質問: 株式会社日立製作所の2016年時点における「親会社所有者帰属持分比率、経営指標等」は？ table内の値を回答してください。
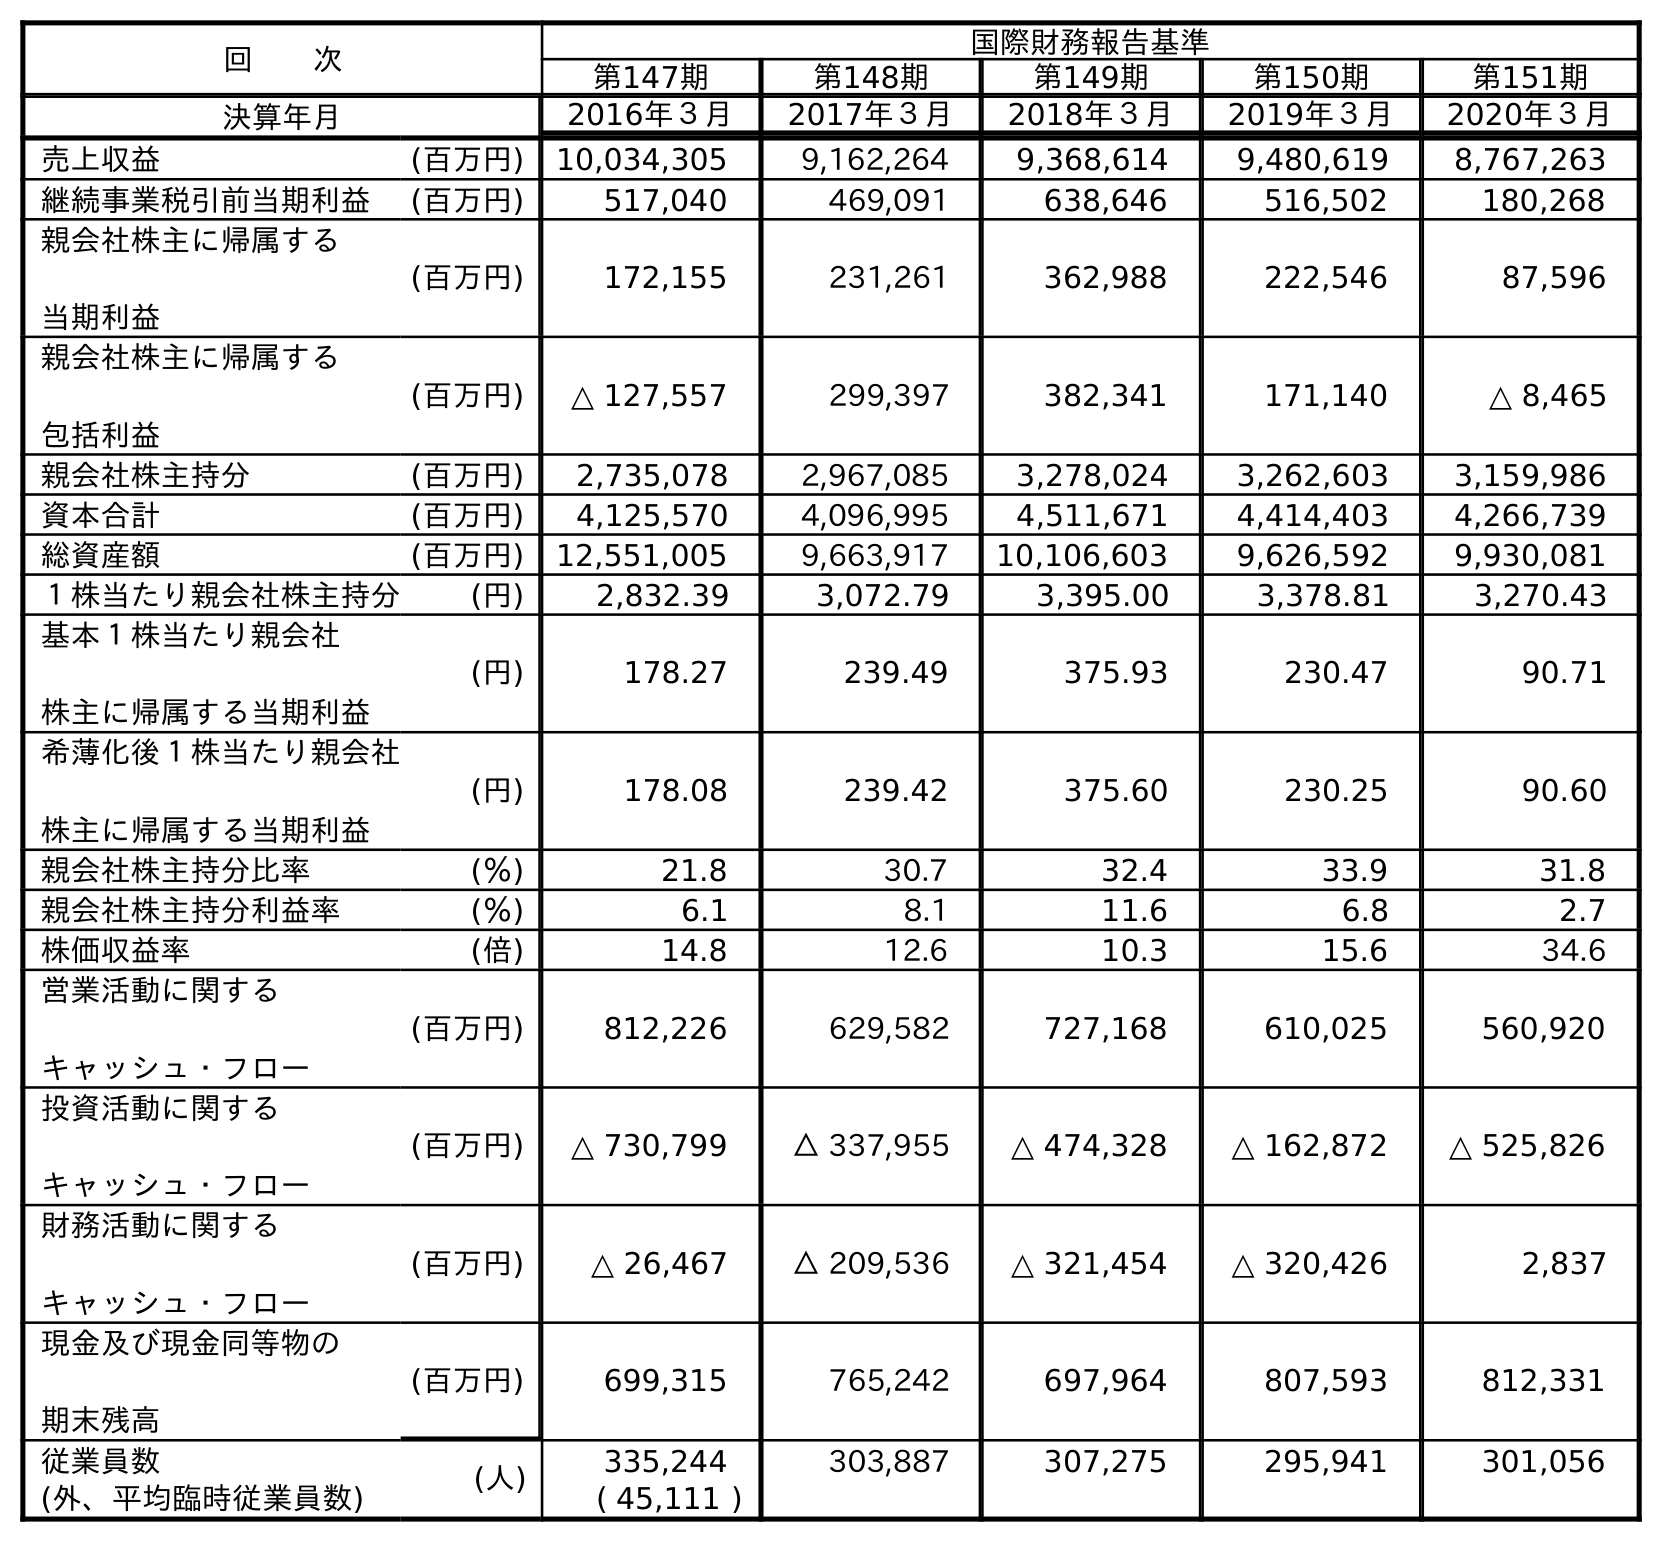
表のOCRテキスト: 回  次 国際財務報告基準 第147期 第148期 第149期 第150期 第151期 決算年月 2016年３月 2017年３月 2018年３月 2019年３月 2020年３月 売上収益 (百万円) 10,034,305 9,162,264 9,368,614 9,480,619 8,767,263 継続事業税引前当期利益 (百万円) 517,040 469,091 638,646 516,502 180,268 親会社株主に帰属する 当期利益 (百万円) 172,155 231,261 362,988 222,546 87,596 親会社株主に帰属する 包括利益 (百万円) △ 127,557 299,397 382,341 171,140 △ 8,465 親会社株主持分 (百万円) 2,735,078 2,967,085 3,278,024 3,262,603 3,159,986 資本合計 (百万円) 4,125,570 4,096,995 4,511,671 4,414,403 4,266,739 総資産額 (百万円) 12,551,005 9,663,917 10,106,603 9,626,592 9,930,081 １株当たり親会社株主持分 (円) 2,832.39 3,072.79 3,395.00 3,378.81 3,270.43 基本１株当たり親会社 株主に帰属する当期利益 (円) 178.27 239.49 375.93 230.47 90.71 希薄化後１株当たり親会社 株主に帰属する当期利益 (円) 178.08 239.42 375.60 230.25 90.60 親会社株主持分比率 (％) 21.8 30.7 32.4 33.9 31.8 親会社株主持分利益率 (％) 6.1 8.1 11.6 6.8 2.7 株価収益率 (倍) 14.8 12.6 10.3 15.6 34.6 営業活動に関する キャッシュ・フロー (百万円) 812,226 629,582 727,168 610,025 560,920 投資活動に関する キャッシュ・フロー (百万円) △ 730,799 △ 337,955 △ 474,328 △ 162,872 △ 525,826 財務活動に関する キャッシュ・フロー (百万円) △ 26,467 △ 209,536 △ 321,454 △ 320,426 2,837 現金及び現金同等物の 期末残高 (百万円) 699,315 765,242 697,964 807,593 812,331 従業員数 (人) 335,244 303,887 307,275 295,941 301,056 (外、平均臨時従業員数) ( 45,111 )
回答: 21.8